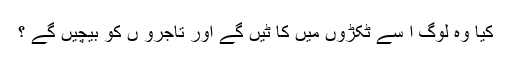
کیا وہ لوگ ا سے ٹکڑوں میں کا ٹیں گے اور تاجرو ں کو بیچیں گے ؟